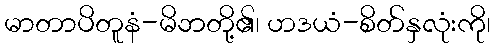
မာတာပိတူနံ-မိဘတို့၏၊ ဟဒယံ-စိတ်နှလုံးကို၊